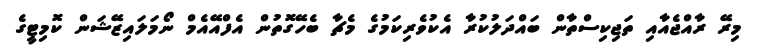
މިރޭ ރާއްޖެއާއި ތަޖިކިސްތާން ބައްދަލުކުރާ އެކުވެރިކަމުގެ މެޗާ ބެހޭގޮތުން އެފްއޭއެމް ނޯމަލައިޒޭޝަން ކޮމިޓީގެ